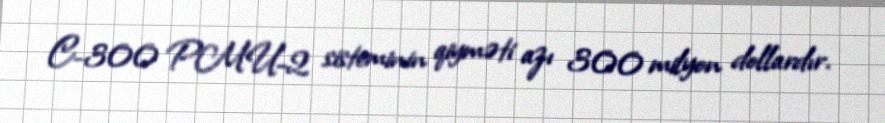
C-300 PMU-2 sisteminin qiyməti azı 300 milyon dollardır.